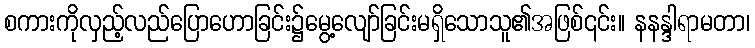
စကားကိုလှည့်လည်ပြောဟောခြင်း၌မွေ့လျော်ခြင်းမရှိသောသူ၏အဖြစ်၎င်း။ နနန္ဒါရာမတာ၊